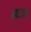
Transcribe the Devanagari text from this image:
माउड